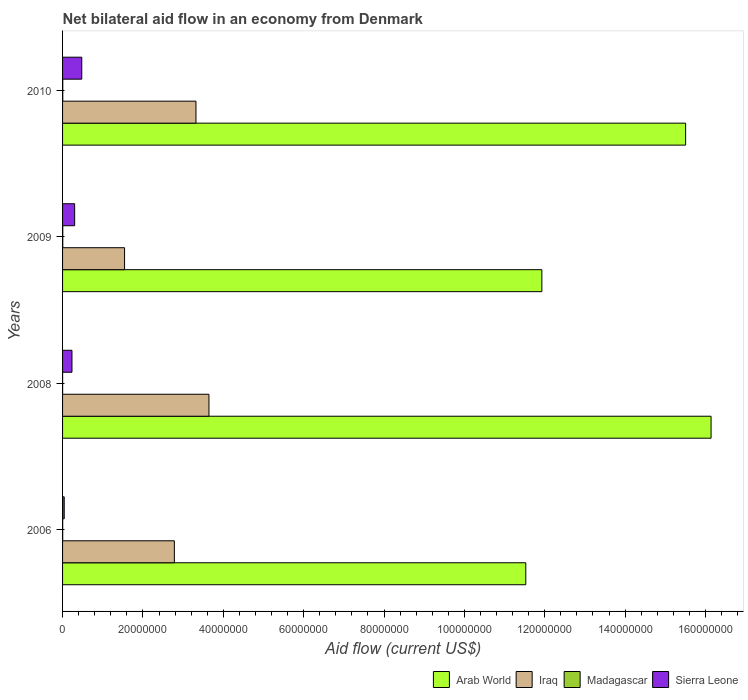
| Years | Arab World | Iraq | Madagascar | Sierra Leone |
 | --- | --- | --- | --- | --- |
 | 2006 | 1.15e+08 | 2.78e+07 | 3e+04 | 4.1e+05 |
 | 2008 | 1.61e+08 | 3.64e+07 | 1e+04 | 2.34e+06 |
 | 2009 | 1.19e+08 | 1.54e+07 | 5e+04 | 3.01e+06 |
 | 2010 | 1.55e+08 | 3.32e+07 | 5e+04 | 4.78e+06 |